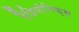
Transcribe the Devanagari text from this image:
रैडियोनिक्स